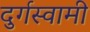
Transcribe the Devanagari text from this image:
दुर्गस्वामी